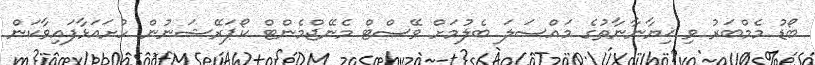
ބޯޑު މެމްބަރު ވި ޚިޔާނާނާތުގެ މައްސަލަ ބެލުމަށް ވޭސްޓް މެނޭޖްމެންޓް ކޯޕަރޭޝަނުން ހުށައަޅާފައިވާކަން